Civil Veterinary Department Bihar reports 1940-50 - 1940-1950
Year: 1940
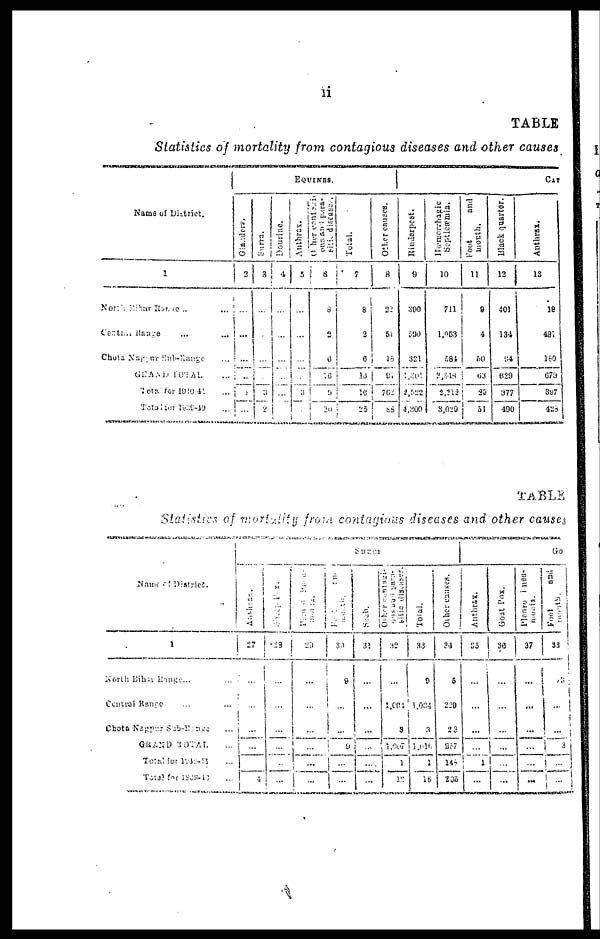
li
TABLE
Statistics of mortality from contagious diseases and other causes
Kama of District.
1
North Bihar Range ... ...
Central Range ... ...
Chota Nagpur Sub-Range ...
GRAND TOTAL ...
Total for 1940-41 ....
Total for1939-40 ...
Equines.
Glanders.
2
...
...
...
...
i...
...
Surra.
3
...
...
...
...
3
2
Dourine.
4
...
...
...
...
...
...
Anthrax.
5
...
...
...
...
3
...
Other contagi-
ons ftiri p.ira-
6
8
2
6
16
9
30
Total.
7
8
2
6
16
18
25
Other causes.
8
22
51
18
81
762.
88
Rinderpest.
9
300
590
321
120
2,522
4.800
Hæmorrhagic
Septicæmia.
10
711
1,053
581
2,818
2,212
3,029
foot
and
mouth.
11
9
4
50
63
29
51
Black quarter.
12
401
134
84
629
377
490
Anthrax.
13
18
481
160
679
397
428
TABLE
Statistics of moratality from contagious diseases and other causes
Name of District.
1
North Bihar Range ... ...
Central Range ... ...
Chota Nagpur Sub-Range ...
GRAND TOTAT ...
Total for 1940-41 ...
Total for 1939-40 ...
Surra
Anthrax
27
...
...
...
...
...
4
Sheep
Pox.
59
...
...
...
...
...
...
Plan a Puea-
mal
1a.
29
...
...
...
...
...
...
Pett
and
meath.
9
...
...
...
...
...
Such
31
...
...
...
...
..
...
Other constsgi-
ous and para-
silie diseases
32
...
1,601
3
l,967
|
1
19
Total.
83
8
1,08
3
1,016
1
16
Other causes.
?4
5
220
23
257
145
205
Go
Anthrax.
25
...
...
...
...
...
...
Goat Pox.
30
...
...
...
...
...
...
Plenro
neu-
---ia.
37
...
...
...
...
...
...
Foot
and
33
...
...
...
2
...
...